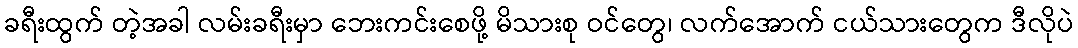
ခရီးထွက် တဲ့အခါ လမ်းခရီးမှာ ဘေးကင်းစေဖို့ မိသားစု ဝင်တွေ၊ လက်အောက် ငယ်သားတွေက ဒီလိုပဲ